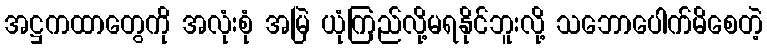
အဋ္ဌကထာတွေကို အလုံးစုံ အမြဲ ယုံကြည်လို့မရနိုင်ဘူးလို့ သဘောပေါက်မိစေတဲ့